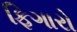
ફિગારો